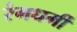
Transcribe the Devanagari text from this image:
रंगधर्मी